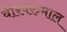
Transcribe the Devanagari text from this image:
वीरपेरुमाल